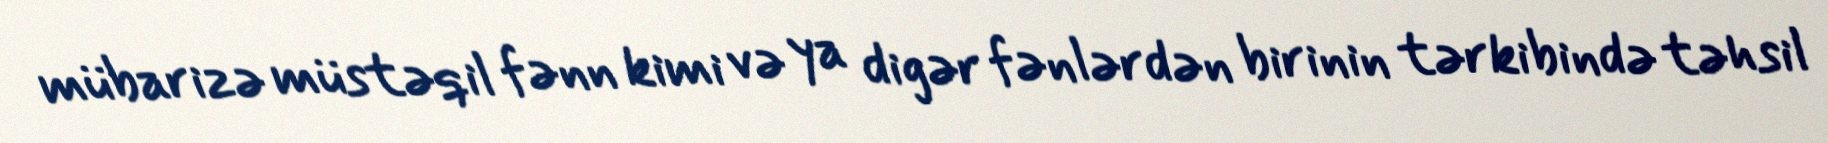
mübarizə müstəqil fənn kimi və ya digər fənlərdən birinin tərkibində təhsil